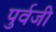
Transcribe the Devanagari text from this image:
पुर्वजी